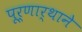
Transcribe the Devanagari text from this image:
पूर्णार्थाने